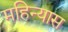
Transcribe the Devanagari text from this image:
महिन्यास